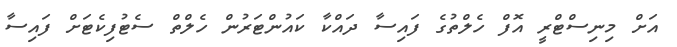
އަށް މިނިސްޓްރީ އޮފް ހެލްތުގެ ފައިސާ ދައްކާ ކައުންޓަރުން ހެލްތް ސެޓުފިކެޓަށް ފައިސާ